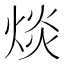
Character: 㷋